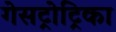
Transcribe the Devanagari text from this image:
गेसट्रोट्रिका